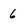
Character: 6